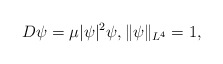
\begin{align*}D\psi=\mu|\psi|^2\psi,\|\psi\|_{L^4}=1,\end{align*}